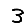
Digit: 3